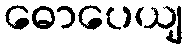
ဓောပေယျ